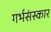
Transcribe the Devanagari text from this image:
गर्भसंस्कार